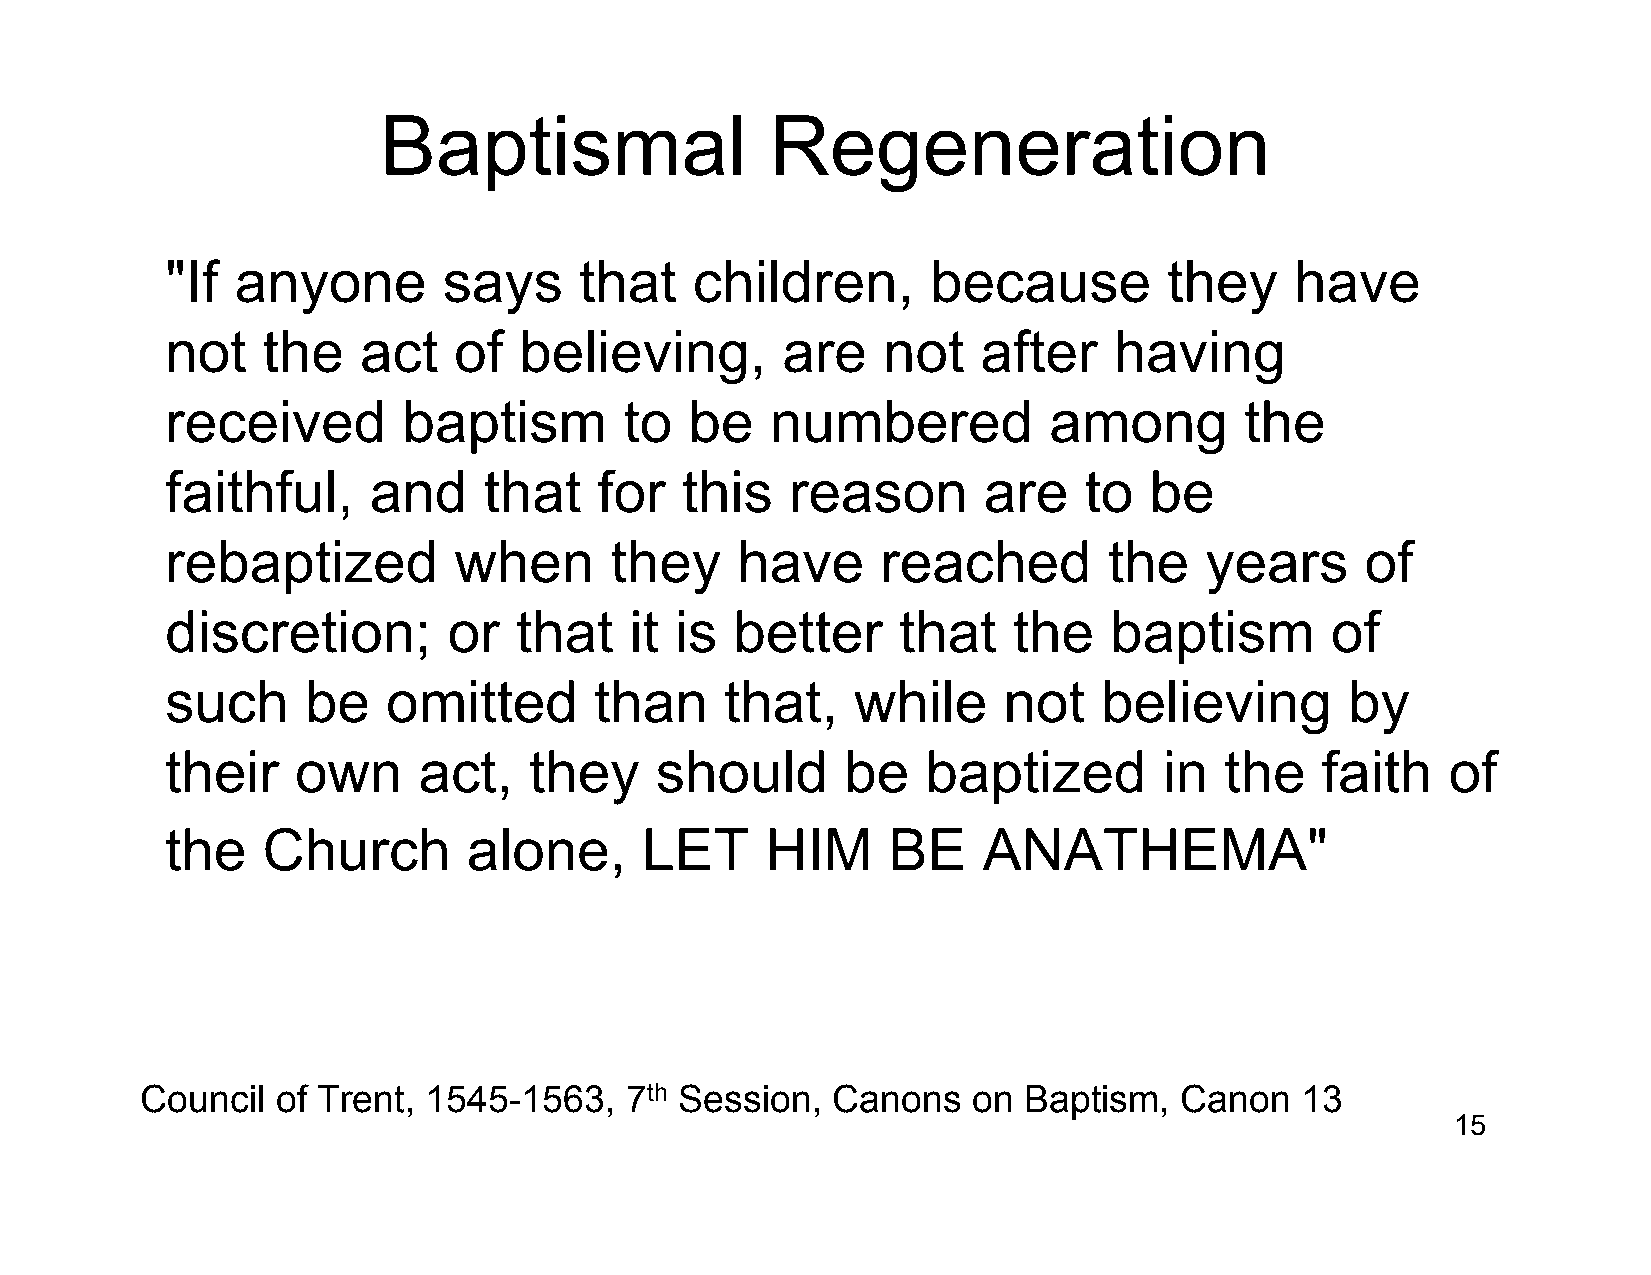
Baptismal                 Regeneration
 "If  anyone       says     that    children,       because        they     have
 not   the    act   of  believing,        are   not    after    having
 received        baptism       to   be   numbered          among        the
 faithful,    and     that    for  this   reason       are    to  be
 rebaptized         when      they     have     reached        the    years     of
 discretion;        or  that    it is  better    that    the   baptism        of
 such     be    omitted      than     that,    while    not    believing       by
 their    own     act,   they    should       be   baptized        in  the   faith    of
 the   Church        alone,     LET      HIM     BE    ANATHEMA"
 Council  of Trent, 1545-1563,   7th Session,  Canons   on  Baptism,  Canon   13
 15